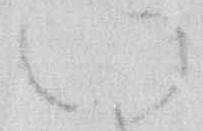
い